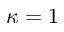
\kappa = 1